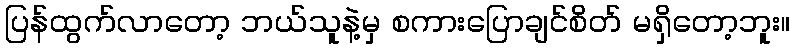
ပြန်ထွက်လာတော့ ဘယ်သူနဲ့မှ စကားပြောချင်စိတ် မရှိတော့ဘူး။